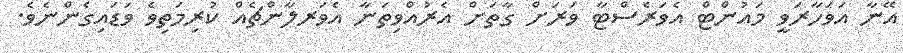
އޭނާ އަވަހާރަވީ މައުންޓް އެވަރެސްޓާ ވަރަށް ގާތަށް އެރުއްވިތަނާ އެވަރލާންޗެއް ކުރިމަތިވެ ވަޑައިގެންނެވެ.